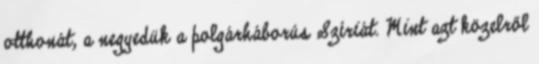
otthonát, a negyedük a polgárháborús Szíriát. Mint azt közelről